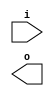
module buffer( i , o );
  input i ;
  output o ;
endmodule
module inverter( i , o );
  input i ;
  output o ;
endmodule
module top( x0 , x1 , x2 , x3 , x4 , x5 , x6 , x7 , x8 , x9 , x10 , x11 , x12 , x13 , x14 , x15 , x16 , x17 , x18 , x19 , x20 , x21 , x22 , x23 , x24 , x25 , x26 , x27 , x28 , x29 , x30 , x31 , x32 , y0 , y1 , y2 , y3 , y4 , y5 , y6 , y7 , y8 , y9 , y10 , y11 , y12 , y13 , y14 , y15 , y16 , y17 , y18 , y19 , y20 , y21 , y22 );
  input x0 , x1 , x2 , x3 , x4 , x5 , x6 , x7 , x8 , x9 , x10 , x11 , x12 , x13 , x14 , x15 , x16 , x17 , x18 , x19 , x20 , x21 , x22 , x23 , x24 , x25 , x26 , x27 , x28 , x29 , x30 , x31 , x32 ;
  output y0 , y1 , y2 , y3 , y4 , y5 , y6 , y7 , y8 , y9 , y10 , y11 , y12 , y13 , y14 , y15 , y16 , y17 , y18 , y19 , y20 , y21 , y22 ;
  wire n2 , n3 , n4 , n5 , n6 , n7 , n8 , n9 , n10 , n11 , n13 , n14 , n15 , n16 , n17 , n19 , n20 , n22 , n23 , n24 , n25 , n27 , n28 , n29 , n30 , n31 , n32 , n34 , n35 , n36 , n37 , n38 , n40 , n41 , n42 , n43 , n45 , n46 , n47 , n48 , n50 , n51 , n52 , n54 , n55 , n56 , n57 , n58 , n60 , n61 , n62 , n63 , n64 , n66 , n67 , n69 , n70 , n72 , n74 , n75 , n76 , n78 , n79 , n80 , n82 , n83 , n84 , n86 , n87 , n88 , n89 , n90 , n91 , n93 , n94 , n95 , n96 , n97 , n98 , n100 , n101 , n103 , n105 , n106 , n107 , n109 , n110 , n111 , n113 , n115 , n116 , n117 , n118 , n119 , n120 , n122 , n124 , n125 , n126 , n127 , n128 , n130 , n131 , n132 , n133 , n135 , n136 , n137 , n138 , n139 , n141 , n142 , n143 , n144 , n145 , n147 , n148 , n149 , n150 , n152 , n153 , n154 , n155 , n156 , n157 , n158 , n160 , n161 , n162 , n163 , n164 , n165 , n166 , n167 , n168 , n169 , n170 , n171 , n172 , n173 , n174 , n175 , n176 , n177 , n178 , n179 , n180 , n181 , n182 , n183 , n184 , n185 , n186 , n187 , n188 , n189 , n190 , n191 , n192 , n193 , n194 , n195 , n196 , n197 , n198 , n199 , n200 , n201 , n202 , n203 , n204 , n205 , n206 , n207 , n208 , n209 , n210 , n211 , n212 , n213 , n214 , n215 , n216 , n217 , n218 , n219 , n220 , n221 , n222 , n223 , n224 , n225 , n226 , n227 , n228 , n229 , n230 , n231 , n232 , n233 , n234 , n235 , n236 , n237 , n238 , n239 , n240 , n241 , n242 , n243 , n244 , n245 , n246 , n247 , n248 , n249 , n250 , n251 , n252 , n253 , n254 , n255 , n256 , n257 , n258 , n259 , n260 , n261 , n262 , n263 , n264 , n265 , n266 , n267 , n268 , n269 , n270 , n271 , n272 , n273 , n274 , n275 , n276 , n277 , n278 , n279 , n280 , n281 , n282 , n283 , n284 , n285 , n286 , n287 , n288 , n289 , n290 , n291 , n292 , n293 , n294 , n295 , n296 , n297 , n298 , n299 , n300 , n301 , n302 , n303 , n304 , n305 , n306 , n307 , n308 , n309 , n310 , n311 , n312 , n313 , n314 , n315 , n316 , n317 , n318 , n319 , n320 , n321 , n322 , n323 , n324 , n325 , n326 , n327 , n328 , n329 , n330 , n331 , n332 , n333 , n334 , n335 , n336 , n337 , n338 , n339 , n340 , n341 , n342 , n343 , n344 , n345 , n346 , n347 , n348 , n349 , n350 , n351 , n352 , n353 , n354 , n355 , n356 , n357 , n358 , n359 , n360 , n361 , n362 , n363 , n364 , n365 , n366 , n367 , n368 , n369 , n370 , n371 , n372 , n373 , n374 , n375 , n376 , n377 , n378 , n379 , n380 , n381 , n382 , n383 , n384 , n385 , n386 , n387 , n388 , n389 , n390 , n391 , n392 , n393 , n394 , n395 , n396 , n397 , n398 , n399 , n400 , n401 , n402 , n403 , n404 , n405 , n406 , n407 , n408 , n409 , n410 , n411 , n412 , n413 , n414 , n415 , n416 , n417 , n418 , n419 , n420 , n421 , n422 , n423 , n424 , n425 , n426 , n427 , n428 , n429 , n430 , n431 , n432 , n433 , n434 , n435 , n436 , n437 , n438 , n439 , n440 , n441 , n442 , n443 , n444 , n445 , n446 , n447 , n448 , n449 , n450 , n451 , n452 , n453 , n454 , n455 , n456 , n457 , n458 , n459 , n460 , n461 , n462 , n463 , n464 , n465 , n466 , n467 , n468 , n469 , n470 , n471 , n472 , n473 , n474 , n475 , n476 , n477 , n478 , n479 , n480 , n481 , n482 , n483 , n484 , n485 , n486 , n487 , n488 , n489 , n490 , n491 , n492 , n493 , n494 , n495 , n496 , n497 , n498 , n499 , n500 , n501 , n502 , n503 , n504 , n505 , n506 , n507 , n508 , n509 , n510 , n511 , n512 , n513 , n514 , n515 , n516 , n517 , n518 , n519 , n520 , n521 , n522 , n523 , n524 , n525 , n526 , n527 , n528 , n529 , n530 , n531 , n532 , n533 , n534 , n535 , n536 , n537 ;
  buffer buf_n2( .i (x0), .o (n2) );
  buffer buf_n3( .i (n2), .o (n3) );
  buffer buf_n4( .i (n3), .o (n4) );
  buffer buf_n5( .i (n4), .o (n5) );
  buffer buf_n6( .i (n5), .o (n6) );
  buffer buf_n7( .i (n6), .o (n7) );
  buffer buf_n8( .i (n7), .o (n8) );
  buffer buf_n9( .i (n8), .o (n9) );
  buffer buf_n152( .i (x31), .o (n152) );
  buffer buf_n153( .i (n152), .o (n153) );
  buffer buf_n154( .i (n153), .o (n154) );
  buffer buf_n155( .i (n154), .o (n155) );
  buffer buf_n156( .i (n155), .o (n156) );
  buffer buf_n157( .i (n156), .o (n157) );
  buffer buf_n158( .i (n157), .o (n158) );
  buffer buf_n109( .i (x22), .o (n109) );
  buffer buf_n110( .i (n109), .o (n110) );
  buffer buf_n111( .i (n110), .o (n111) );
  buffer buf_n147( .i (x30), .o (n147) );
  buffer buf_n148( .i (n147), .o (n148) );
  buffer buf_n149( .i (n148), .o (n149) );
  assign n168 = n111 & n149 ;
  buffer buf_n169( .i (n168), .o (n169) );
  buffer buf_n13( .i (x1), .o (n13) );
  buffer buf_n14( .i (n13), .o (n14) );
  buffer buf_n15( .i (n14), .o (n15) );
  buffer buf_n135( .i (x28), .o (n135) );
  buffer buf_n136( .i (n135), .o (n136) );
  buffer buf_n137( .i (n136), .o (n137) );
  assign n170 = n15 & n137 ;
  buffer buf_n171( .i (n170), .o (n171) );
  assign n172 = n169 & n171 ;
  buffer buf_n173( .i (n172), .o (n173) );
  assign n174 = ~n158 & n173 ;
  buffer buf_n78( .i (x15), .o (n78) );
  buffer buf_n82( .i (x16), .o (n82) );
  assign n175 = n78 | n82 ;
  buffer buf_n176( .i (n175), .o (n176) );
  buffer buf_n177( .i (n176), .o (n177) );
  buffer buf_n178( .i (n177), .o (n178) );
  assign n179 = n156 & ~n178 ;
  buffer buf_n180( .i (n179), .o (n180) );
  buffer buf_n181( .i (n180), .o (n181) );
  assign n182 = ( ~n9 & n174 ) | ( ~n9 & n181 ) | ( n174 & n181 ) ;
  buffer buf_n183( .i (n182), .o (n183) );
  buffer buf_n184( .i (n183), .o (n184) );
  buffer buf_n185( .i (n184), .o (n185) );
  buffer buf_n160( .i (x32), .o (n160) );
  buffer buf_n161( .i (n160), .o (n161) );
  buffer buf_n162( .i (n161), .o (n162) );
  buffer buf_n163( .i (n162), .o (n163) );
  buffer buf_n164( .i (n163), .o (n164) );
  buffer buf_n165( .i (n164), .o (n165) );
  buffer buf_n166( .i (n165), .o (n166) );
  buffer buf_n167( .i (n166), .o (n167) );
  buffer buf_n27( .i (x4), .o (n27) );
  buffer buf_n28( .i (n27), .o (n28) );
  buffer buf_n29( .i (n28), .o (n29) );
  buffer buf_n30( .i (n29), .o (n30) );
  buffer buf_n31( .i (n30), .o (n31) );
  buffer buf_n32( .i (n31), .o (n32) );
  assign n186 = n7 | n32 ;
  buffer buf_n187( .i (n186), .o (n187) );
  assign n188 = n167 & ~n187 ;
  buffer buf_n141( .i (x29), .o (n141) );
  buffer buf_n142( .i (n141), .o (n142) );
  buffer buf_n143( .i (n142), .o (n143) );
  buffer buf_n144( .i (n143), .o (n144) );
  buffer buf_n145( .i (n144), .o (n145) );
  assign n189 = n145 & n171 ;
  buffer buf_n190( .i (n189), .o (n190) );
  buffer buf_n115( .i (x24), .o (n115) );
  buffer buf_n116( .i (n115), .o (n116) );
  buffer buf_n117( .i (n116), .o (n117) );
  buffer buf_n118( .i (n117), .o (n118) );
  buffer buf_n119( .i (n118), .o (n119) );
  buffer buf_n120( .i (n119), .o (n120) );
  assign n191 = ~n7 & n120 ;
  assign n192 = n190 & n191 ;
  buffer buf_n193( .i (n192), .o (n193) );
  assign n197 = n167 & n187 ;
  assign n198 = ( n188 & n193 ) | ( n188 & ~n197 ) | ( n193 & ~n197 ) ;
  buffer buf_n199( .i (n198), .o (n199) );
  buffer buf_n200( .i (n199), .o (n200) );
  assign n201 = n2 | n135 ;
  buffer buf_n202( .i (n201), .o (n202) );
  buffer buf_n203( .i (n202), .o (n203) );
  buffer buf_n204( .i (n203), .o (n204) );
  buffer buf_n205( .i (n204), .o (n205) );
  buffer buf_n22( .i (x3), .o (n22) );
  buffer buf_n23( .i (n22), .o (n23) );
  buffer buf_n24( .i (n23), .o (n24) );
  buffer buf_n25( .i (n24), .o (n25) );
  buffer buf_n150( .i (n149), .o (n150) );
  assign n206 = n25 & ~n150 ;
  buffer buf_n207( .i (n206), .o (n207) );
  assign n208 = ~n205 & n207 ;
  buffer buf_n209( .i (n208), .o (n209) );
  buffer buf_n210( .i (n209), .o (n210) );
  buffer buf_n211( .i (n210), .o (n211) );
  buffer buf_n212( .i (n211), .o (n212) );
  buffer buf_n213( .i (n212), .o (n213) );
  buffer buf_n138( .i (n137), .o (n138) );
  assign n214 = n138 | n150 ;
  buffer buf_n215( .i (n214), .o (n215) );
  assign n216 = n25 & n144 ;
  buffer buf_n217( .i (n216), .o (n217) );
  assign n218 = ~n215 & n217 ;
  buffer buf_n219( .i (n218), .o (n219) );
  assign n220 = n9 | n219 ;
  buffer buf_n221( .i (n220), .o (n221) );
  buffer buf_n222( .i (n221), .o (n222) );
  buffer buf_n223( .i (n222), .o (n223) );
  buffer buf_n66( .i (x11), .o (n66) );
  buffer buf_n67( .i (n66), .o (n67) );
  buffer buf_n69( .i (x12), .o (n69) );
  buffer buf_n70( .i (n69), .o (n70) );
  assign n224 = ~n67 & n70 ;
  buffer buf_n225( .i (n224), .o (n225) );
  buffer buf_n226( .i (n225), .o (n226) );
  buffer buf_n54( .i (x9), .o (n54) );
  buffer buf_n55( .i (n54), .o (n55) );
  buffer buf_n56( .i (n55), .o (n56) );
  buffer buf_n100( .i (x19), .o (n100) );
  buffer buf_n101( .i (n100), .o (n101) );
  assign n227 = ~n70 & n101 ;
  assign n228 = n56 & ~n227 ;
  buffer buf_n105( .i (x21), .o (n105) );
  buffer buf_n106( .i (n105), .o (n106) );
  assign n229 = n67 & n106 ;
  assign n230 = n143 & n229 ;
  assign n231 = ~n228 & n230 ;
  assign n232 = n226 | n231 ;
  buffer buf_n233( .i (n232), .o (n233) );
  buffer buf_n57( .i (n56), .o (n57) );
  buffer buf_n58( .i (n57), .o (n58) );
  assign n234 = n66 & n69 ;
  buffer buf_n235( .i (n234), .o (n235) );
  buffer buf_n236( .i (n235), .o (n236) );
  buffer buf_n237( .i (n236), .o (n237) );
  assign n238 = n58 | n237 ;
  buffer buf_n60( .i (x10), .o (n60) );
  buffer buf_n61( .i (n60), .o (n61) );
  buffer buf_n62( .i (n61), .o (n62) );
  assign n239 = n62 & n149 ;
  assign n240 = ~n203 & n239 ;
  buffer buf_n241( .i (n240), .o (n241) );
  assign n242 = n238 & n241 ;
  assign n243 = n233 & n242 ;
  buffer buf_n244( .i (n243), .o (n244) );
  assign n246 = n149 & ~n202 ;
  buffer buf_n247( .i (n246), .o (n247) );
  assign n248 = n55 & n101 ;
  buffer buf_n103( .i (x20), .o (n103) );
  assign n249 = n103 & n141 ;
  buffer buf_n250( .i (n249), .o (n250) );
  assign n251 = n248 & n250 ;
  buffer buf_n252( .i (n251), .o (n252) );
  assign n253 = n247 & n252 ;
  buffer buf_n254( .i (n253), .o (n254) );
  buffer buf_n107( .i (n106), .o (n107) );
  assign n261 = ~n62 & n107 ;
  assign n262 = ~n225 & n261 ;
  buffer buf_n263( .i (n262), .o (n263) );
  buffer buf_n264( .i (n263), .o (n264) );
  assign n265 = n254 & n264 ;
  buffer buf_n266( .i (n265), .o (n266) );
  assign n267 = n244 | n266 ;
  buffer buf_n268( .i (n267), .o (n268) );
  assign n255 = n60 & n69 ;
  buffer buf_n256( .i (n255), .o (n256) );
  assign n269 = n66 & ~n69 ;
  buffer buf_n270( .i (n269), .o (n270) );
  assign n271 = n256 | n270 ;
  buffer buf_n272( .i (n271), .o (n272) );
  assign n273 = n58 | n272 ;
  assign n274 = n241 & ~n273 ;
  buffer buf_n275( .i (n274), .o (n275) );
  buffer buf_n276( .i (n275), .o (n276) );
  buffer buf_n277( .i (n276), .o (n277) );
  assign n257 = n107 | n256 ;
  buffer buf_n258( .i (n257), .o (n258) );
  buffer buf_n259( .i (n258), .o (n259) );
  buffer buf_n260( .i (n259), .o (n260) );
  assign n278 = n254 & n260 ;
  assign n279 = n54 | n60 ;
  buffer buf_n280( .i (n279), .o (n280) );
  assign n281 = n270 & ~n280 ;
  buffer buf_n282( .i (n281), .o (n282) );
  assign n283 = n247 & n282 ;
  buffer buf_n284( .i (n283), .o (n284) );
  buffer buf_n285( .i (n284), .o (n285) );
  assign n286 = ~n237 & n272 ;
  buffer buf_n287( .i (n286), .o (n287) );
  assign n288 = ~n284 & n287 ;
  assign n289 = ( n278 & n285 ) | ( n278 & ~n288 ) | ( n285 & ~n288 ) ;
  buffer buf_n290( .i (n289), .o (n290) );
  assign n292 = n277 | n290 ;
  assign n293 = n268 | n292 ;
  buffer buf_n86( .i (x17), .o (n86) );
  buffer buf_n87( .i (n86), .o (n87) );
  buffer buf_n88( .i (n87), .o (n88) );
  buffer buf_n93( .i (x18), .o (n93) );
  assign n294 = n82 | n93 ;
  buffer buf_n295( .i (n294), .o (n295) );
  assign n296 = n88 & ~n295 ;
  buffer buf_n297( .i (n296), .o (n297) );
  buffer buf_n74( .i (x14), .o (n74) );
  buffer buf_n75( .i (n74), .o (n75) );
  buffer buf_n76( .i (n75), .o (n76) );
  buffer buf_n79( .i (n78), .o (n79) );
  buffer buf_n80( .i (n79), .o (n80) );
  assign n299 = ~n76 & n80 ;
  buffer buf_n300( .i (n299), .o (n300) );
  assign n301 = n297 & n300 ;
  buffer buf_n302( .i (n301), .o (n302) );
  assign n303 = n80 & ~n295 ;
  buffer buf_n304( .i (n303), .o (n304) );
  buffer buf_n89( .i (n88), .o (n89) );
  buffer buf_n40( .i (x6), .o (n40) );
  buffer buf_n41( .i (n40), .o (n41) );
  buffer buf_n42( .i (n41), .o (n42) );
  buffer buf_n45( .i (x7), .o (n45) );
  buffer buf_n46( .i (n45), .o (n46) );
  buffer buf_n47( .i (n46), .o (n47) );
  assign n307 = ~n42 & n47 ;
  assign n308 = ~n89 & n307 ;
  assign n309 = n304 & n308 ;
  buffer buf_n310( .i (n309), .o (n310) );
  assign n312 = n302 | n310 ;
  buffer buf_n313( .i (n312), .o (n313) );
  assign n315 = n88 & ~n176 ;
  buffer buf_n316( .i (n315), .o (n316) );
  buffer buf_n94( .i (n93), .o (n94) );
  buffer buf_n95( .i (n94), .o (n95) );
  assign n319 = n42 | n95 ;
  buffer buf_n320( .i (n319), .o (n320) );
  assign n321 = n316 & ~n320 ;
  buffer buf_n322( .i (n321), .o (n322) );
  buffer buf_n323( .i (n322), .o (n323) );
  buffer buf_n324( .i (n323), .o (n324) );
  assign n325 = n313 | n324 ;
  buffer buf_n139( .i (n138), .o (n139) );
  assign n326 = ~n3 & n14 ;
  buffer buf_n113( .i (x23), .o (n113) );
  assign n327 = n113 & n147 ;
  buffer buf_n328( .i (n327), .o (n328) );
  assign n329 = n326 & n328 ;
  buffer buf_n330( .i (n329), .o (n330) );
  assign n332 = n139 & n330 ;
  buffer buf_n333( .i (n332), .o (n333) );
  buffer buf_n334( .i (n333), .o (n334) );
  assign n335 = n302 | n333 ;
  assign n336 = ( n275 & n334 ) | ( n275 & n335 ) | ( n334 & n335 ) ;
  buffer buf_n337( .i (n336), .o (n337) );
  assign n338 = n325 & n337 ;
  buffer buf_n339( .i (n338), .o (n339) );
  buffer buf_n96( .i (n95), .o (n96) );
  assign n340 = n89 | n96 ;
  buffer buf_n341( .i (n340), .o (n341) );
  buffer buf_n342( .i (n341), .o (n342) );
  buffer buf_n50( .i (x8), .o (n50) );
  buffer buf_n51( .i (n50), .o (n51) );
  buffer buf_n52( .i (n51), .o (n52) );
  assign n343 = ~n42 & n52 ;
  buffer buf_n344( .i (n343), .o (n344) );
  assign n346 = n320 & ~n344 ;
  buffer buf_n347( .i (n346), .o (n347) );
  buffer buf_n90( .i (n89), .o (n90) );
  buffer buf_n91( .i (n90), .o (n91) );
  assign n348 = ~n91 & n341 ;
  assign n349 = ( n342 & ~n347 ) | ( n342 & n348 ) | ( ~n347 & n348 ) ;
  assign n350 = n235 & ~n280 ;
  buffer buf_n351( .i (n350), .o (n351) );
  buffer buf_n352( .i (n351), .o (n352) );
  buffer buf_n353( .i (n352), .o (n353) );
  buffer buf_n331( .i (n330), .o (n331) );
  assign n354 = n139 | n178 ;
  assign n355 = n331 & ~n354 ;
  assign n356 = n353 & n355 ;
  assign n357 = ~n349 & n356 ;
  buffer buf_n358( .i (n357), .o (n358) );
  buffer buf_n83( .i (n82), .o (n83) );
  buffer buf_n84( .i (n83), .o (n84) );
  assign n359 = ~n80 & n84 ;
  buffer buf_n360( .i (n359), .o (n360) );
  assign n361 = ~n89 & n96 ;
  assign n362 = n360 & n361 ;
  buffer buf_n363( .i (n362), .o (n363) );
  buffer buf_n364( .i (n363), .o (n364) );
  assign n367 = n333 & n363 ;
  assign n368 = ( n275 & n364 ) | ( n275 & n367 ) | ( n364 & n367 ) ;
  buffer buf_n369( .i (n368), .o (n369) );
  assign n370 = n358 | n369 ;
  assign n371 = n322 & n333 ;
  assign n372 = ( n275 & n323 ) | ( n275 & n371 ) | ( n323 & n371 ) ;
  buffer buf_n373( .i (n372), .o (n373) );
  buffer buf_n374( .i (n373), .o (n374) );
  assign n375 = n370 | n374 ;
  buffer buf_n10( .i (n9), .o (n10) );
  buffer buf_n11( .i (n10), .o (n11) );
  assign n376 = n139 | n351 ;
  buffer buf_n377( .i (n376), .o (n377) );
  buffer buf_n16( .i (n15), .o (n16) );
  buffer buf_n17( .i (n16), .o (n17) );
  assign n378 = n17 & n169 ;
  assign n379 = ~n341 & n378 ;
  assign n380 = n377 & n379 ;
  buffer buf_n381( .i (n380), .o (n381) );
  buffer buf_n382( .i (n381), .o (n382) );
  assign n383 = n80 & n84 ;
  assign n384 = n5 | n383 ;
  buffer buf_n385( .i (n384), .o (n385) );
  buffer buf_n386( .i (n385), .o (n386) );
  buffer buf_n387( .i (n386), .o (n387) );
  buffer buf_n388( .i (n387), .o (n388) );
  buffer buf_n389( .i (n388), .o (n389) );
  assign n390 = ( n11 & n382 ) | ( n11 & n389 ) | ( n382 & n389 ) ;
  buffer buf_n365( .i (n364), .o (n365) );
  buffer buf_n366( .i (n365), .o (n366) );
  assign n391 = ~n8 & n173 ;
  buffer buf_n392( .i (n391), .o (n392) );
  assign n394 = n365 & n392 ;
  assign n395 = ( n277 & n366 ) | ( n277 & n394 ) | ( n366 & n394 ) ;
  assign n396 = n390 | n395 ;
  buffer buf_n305( .i (n304), .o (n305) );
  buffer buf_n306( .i (n305), .o (n306) );
  assign n397 = n173 & n306 ;
  buffer buf_n398( .i (n397), .o (n398) );
  buffer buf_n399( .i (n398), .o (n399) );
  assign n400 = n276 & n313 ;
  assign n401 = n399 | n400 ;
  buffer buf_n345( .i (n344), .o (n345) );
  assign n402 = n205 | n345 ;
  assign n403 = n386 & n402 ;
  buffer buf_n404( .i (n403), .o (n404) );
  buffer buf_n405( .i (n404), .o (n405) );
  assign n406 = ( n11 & n382 ) | ( n11 & n405 ) | ( n382 & n405 ) ;
  assign n407 = n401 | n406 ;
  buffer buf_n314( .i (n313), .o (n314) );
  buffer buf_n393( .i (n392), .o (n393) );
  assign n408 = n324 & n392 ;
  assign n409 = ( n314 & n393 ) | ( n314 & n408 ) | ( n393 & n408 ) ;
  buffer buf_n48( .i (n47), .o (n48) );
  assign n410 = n5 & n48 ;
  buffer buf_n411( .i (n410), .o (n411) );
  buffer buf_n412( .i (n411), .o (n412) );
  buffer buf_n413( .i (n412), .o (n413) );
  buffer buf_n414( .i (n413), .o (n414) );
  buffer buf_n415( .i (n414), .o (n415) );
  assign n416 = n302 | n412 ;
  buffer buf_n417( .i (n416), .o (n417) );
  buffer buf_n418( .i (n417), .o (n418) );
  assign n419 = ( n277 & n415 ) | ( n277 & n418 ) | ( n415 & n418 ) ;
  assign n420 = n409 | n419 ;
  buffer buf_n43( .i (n42), .o (n43) );
  assign n421 = n52 & n84 ;
  assign n422 = n43 | n421 ;
  buffer buf_n423( .i (n422), .o (n423) );
  assign n424 = n204 | n360 ;
  assign n425 = n423 & ~n424 ;
  assign n426 = n48 & ~n138 ;
  assign n427 = ~n178 & n426 ;
  buffer buf_n428( .i (n427), .o (n428) );
  assign n429 = n425 | n428 ;
  buffer buf_n430( .i (n429), .o (n430) );
  assign n431 = n381 & n430 ;
  assign n432 = n415 | n431 ;
  assign n433 = n276 | n392 ;
  buffer buf_n311( .i (n310), .o (n311) );
  assign n434 = n311 | n364 ;
  buffer buf_n435( .i (n434), .o (n435) );
  assign n436 = n433 & n435 ;
  assign n437 = n432 | n436 ;
  assign n438 = n4 & ~n47 ;
  buffer buf_n439( .i (n438), .o (n439) );
  buffer buf_n440( .i (n439), .o (n440) );
  buffer buf_n441( .i (n440), .o (n441) );
  buffer buf_n442( .i (n441), .o (n442) );
  buffer buf_n443( .i (n442), .o (n443) );
  buffer buf_n317( .i (n316), .o (n317) );
  buffer buf_n318( .i (n317), .o (n318) );
  buffer buf_n97( .i (n96), .o (n97) );
  buffer buf_n98( .i (n97), .o (n98) );
  assign n444 = n98 & n331 ;
  assign n445 = n318 & n444 ;
  buffer buf_n446( .i (n445), .o (n446) );
  assign n447 = n377 | n441 ;
  buffer buf_n448( .i (n447), .o (n448) );
  assign n449 = ( n443 & n446 ) | ( n443 & n448 ) | ( n446 & n448 ) ;
  assign n450 = n369 | n449 ;
  buffer buf_n451( .i (n450), .o (n451) );
  buffer buf_n298( .i (n297), .o (n298) );
  assign n452 = n298 | n317 ;
  buffer buf_n453( .i (n452), .o (n453) );
  buffer buf_n454( .i (n453), .o (n454) );
  buffer buf_n455( .i (n454), .o (n455) );
  assign n456 = n337 & n455 ;
  buffer buf_n457( .i (n41), .o (n457) );
  assign n458 = n52 | n457 ;
  buffer buf_n459( .i (n458), .o (n459) );
  assign n460 = ~n439 & n459 ;
  assign n461 = ( n352 & n440 ) | ( n352 & ~n460 ) | ( n440 & ~n460 ) ;
  buffer buf_n462( .i (n461), .o (n462) );
  buffer buf_n463( .i (n462), .o (n463) );
  assign n464 = ( n443 & n446 ) | ( n443 & n463 ) | ( n446 & n463 ) ;
  assign n465 = n373 | n464 ;
  assign n466 = n456 | n465 ;
  buffer buf_n122( .i (x25), .o (n122) );
  assign n467 = n115 | n122 ;
  buffer buf_n468( .i (n467), .o (n468) );
  buffer buf_n469( .i (n468), .o (n469) );
  buffer buf_n470( .i (n469), .o (n470) );
  buffer buf_n471( .i (n470), .o (n471) );
  assign n472 = n7 | n471 ;
  assign n473 = ( n8 & n190 ) | ( n8 & n472 ) | ( n190 & n472 ) ;
  buffer buf_n474( .i (n473), .o (n474) );
  buffer buf_n475( .i (n474), .o (n475) );
  buffer buf_n476( .i (n475), .o (n476) );
  buffer buf_n477( .i (n476), .o (n477) );
  buffer buf_n72( .i (x13), .o (n72) );
  assign n478 = n72 & ~n109 ;
  buffer buf_n479( .i (n478), .o (n479) );
  buffer buf_n480( .i (n479), .o (n480) );
  buffer buf_n481( .i (n480), .o (n481) );
  buffer buf_n482( .i (n481), .o (n482) );
  buffer buf_n483( .i (n482), .o (n483) );
  buffer buf_n484( .i (n483), .o (n484) );
  buffer buf_n485( .i (n484), .o (n485) );
  assign n486 = n193 & n485 ;
  buffer buf_n487( .i (n486), .o (n487) );
  buffer buf_n488( .i (n487), .o (n488) );
  buffer buf_n194( .i (n193), .o (n194) );
  buffer buf_n195( .i (n194), .o (n195) );
  buffer buf_n196( .i (n195), .o (n196) );
  assign n489 = n139 & n169 ;
  buffer buf_n34( .i (x5), .o (n34) );
  buffer buf_n35( .i (n34), .o (n35) );
  buffer buf_n36( .i (n35), .o (n36) );
  buffer buf_n37( .i (n36), .o (n37) );
  buffer buf_n38( .i (n37), .o (n38) );
  assign n490 = ~n6 & n38 ;
  buffer buf_n491( .i (n6), .o (n491) );
  assign n492 = ( n489 & n490 ) | ( n489 & ~n491 ) | ( n490 & ~n491 ) ;
  buffer buf_n493( .i (n492), .o (n493) );
  buffer buf_n494( .i (n493), .o (n494) );
  buffer buf_n495( .i (n494), .o (n495) );
  buffer buf_n496( .i (n495), .o (n496) );
  buffer buf_n497( .i (n496), .o (n497) );
  assign n498 = n10 | n276 ;
  buffer buf_n499( .i (n498), .o (n499) );
  buffer buf_n124( .i (x26), .o (n124) );
  buffer buf_n125( .i (n124), .o (n125) );
  buffer buf_n126( .i (n125), .o (n126) );
  buffer buf_n127( .i (n126), .o (n127) );
  buffer buf_n128( .i (n127), .o (n128) );
  buffer buf_n130( .i (x27), .o (n130) );
  buffer buf_n131( .i (n130), .o (n131) );
  buffer buf_n132( .i (n131), .o (n132) );
  assign n500 = n24 & ~n132 ;
  buffer buf_n501( .i (n500), .o (n501) );
  assign n502 = n128 & ~n501 ;
  buffer buf_n503( .i (n502), .o (n503) );
  buffer buf_n504( .i (n503), .o (n504) );
  buffer buf_n505( .i (n504), .o (n505) );
  buffer buf_n506( .i (n505), .o (n506) );
  buffer buf_n507( .i (n506), .o (n507) );
  assign n508 = n499 | n507 ;
  buffer buf_n133( .i (n132), .o (n133) );
  assign n509 = ~n25 & n133 ;
  buffer buf_n510( .i (n509), .o (n510) );
  assign n511 = n128 & n501 ;
  assign n512 = n510 | n511 ;
  buffer buf_n513( .i (n512), .o (n513) );
  buffer buf_n514( .i (n513), .o (n514) );
  buffer buf_n515( .i (n514), .o (n515) );
  buffer buf_n516( .i (n515), .o (n516) );
  assign n517 = n499 | n516 ;
  buffer buf_n291( .i (n290), .o (n291) );
  assign n518 = n268 | n291 ;
  buffer buf_n245( .i (n244), .o (n245) );
  buffer buf_n19( .i (x2), .o (n19) );
  buffer buf_n20( .i (n19), .o (n20) );
  assign n519 = n20 | n23 ;
  buffer buf_n520( .i (n519), .o (n520) );
  assign n521 = n144 | n520 ;
  buffer buf_n522( .i (n521), .o (n522) );
  buffer buf_n523( .i (n522), .o (n523) );
  assign n524 = n215 | n217 ;
  assign n525 = n523 & ~n524 ;
  assign n526 = n9 | n525 ;
  assign n527 = n266 | n526 ;
  assign n528 = n245 | n527 ;
  buffer buf_n529( .i (n528), .o (n529) );
  assign n530 = n212 | n291 ;
  buffer buf_n63( .i (n62), .o (n63) );
  buffer buf_n64( .i (n63), .o (n64) );
  assign n531 = n64 & n237 ;
  buffer buf_n532( .i (n531), .o (n532) );
  assign n533 = n254 & n532 ;
  buffer buf_n534( .i (n533), .o (n534) );
  buffer buf_n535( .i (n534), .o (n535) );
  buffer buf_n536( .i (n535), .o (n536) );
  buffer buf_n537( .i (n536), .o (n537) );
  assign y0 = n185 ;
  assign y1 = n200 ;
  assign y2 = n213 ;
  assign y3 = n223 ;
  assign y4 = n293 ;
  assign y5 = n339 ;
  assign y6 = n375 ;
  assign y7 = n396 ;
  assign y8 = n407 ;
  assign y9 = n420 ;
  assign y10 = n437 ;
  assign y11 = n451 ;
  assign y12 = n466 ;
  assign y13 = n477 ;
  assign y14 = n488 ;
  assign y15 = n196 ;
  assign y16 = n497 ;
  assign y17 = n508 ;
  assign y18 = n517 ;
  assign y19 = n518 ;
  assign y20 = n529 ;
  assign y21 = n530 ;
  assign y22 = n537 ;
endmodule